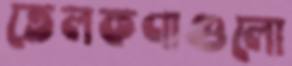
তেলকণাগুলো